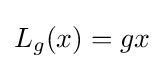
L_{g}(x)=gx